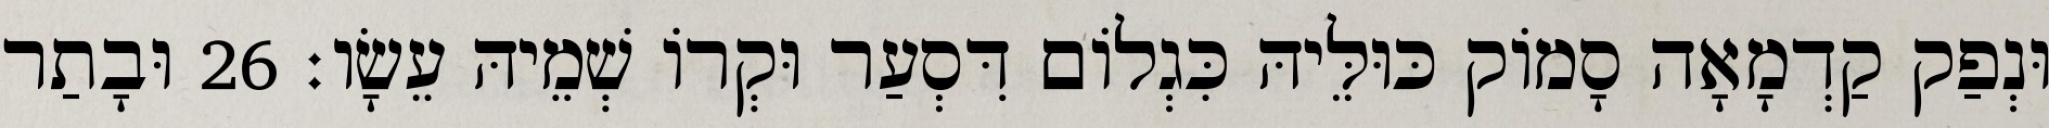
וּנְפַק קַדְמָאָה סָמוֹק כּוּלֵּיהּ כִּגְלוֹם דִּסְעַר וּקְרוֹ שְׁמֵיהּ עֵשָׂו׃ 26 וּבָתַר